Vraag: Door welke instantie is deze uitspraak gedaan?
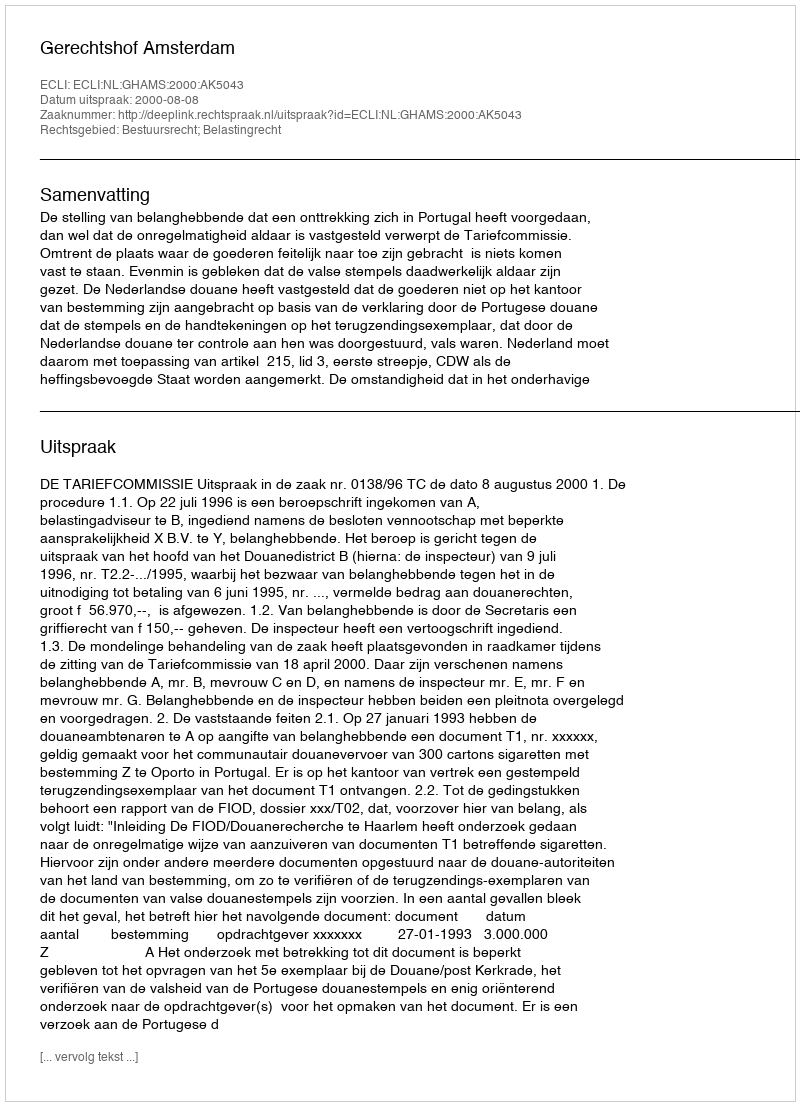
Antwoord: Gerechtshof Amsterdam